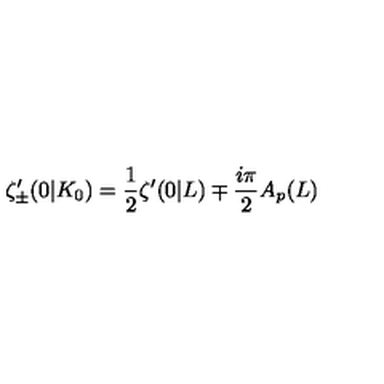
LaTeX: \zeta _ { \pm } ^ { \prime } ( 0 | K _ { 0 } ) = \frac { 1 } { 2 } \zeta ^ { \prime } ( 0 | L ) \mp \frac { i \pi } { 2 } A _ { p } ( L )